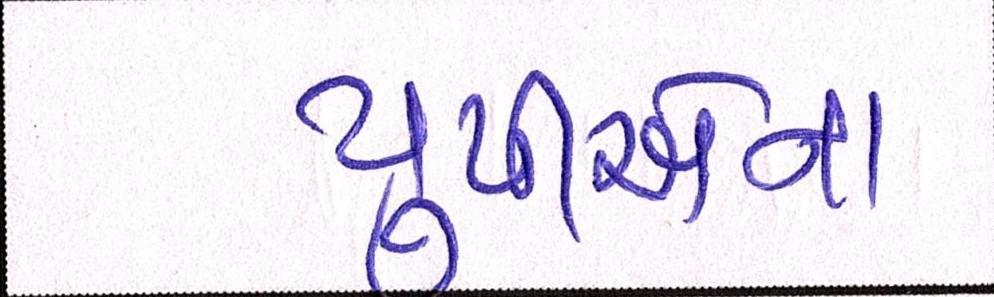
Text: યુપીએના